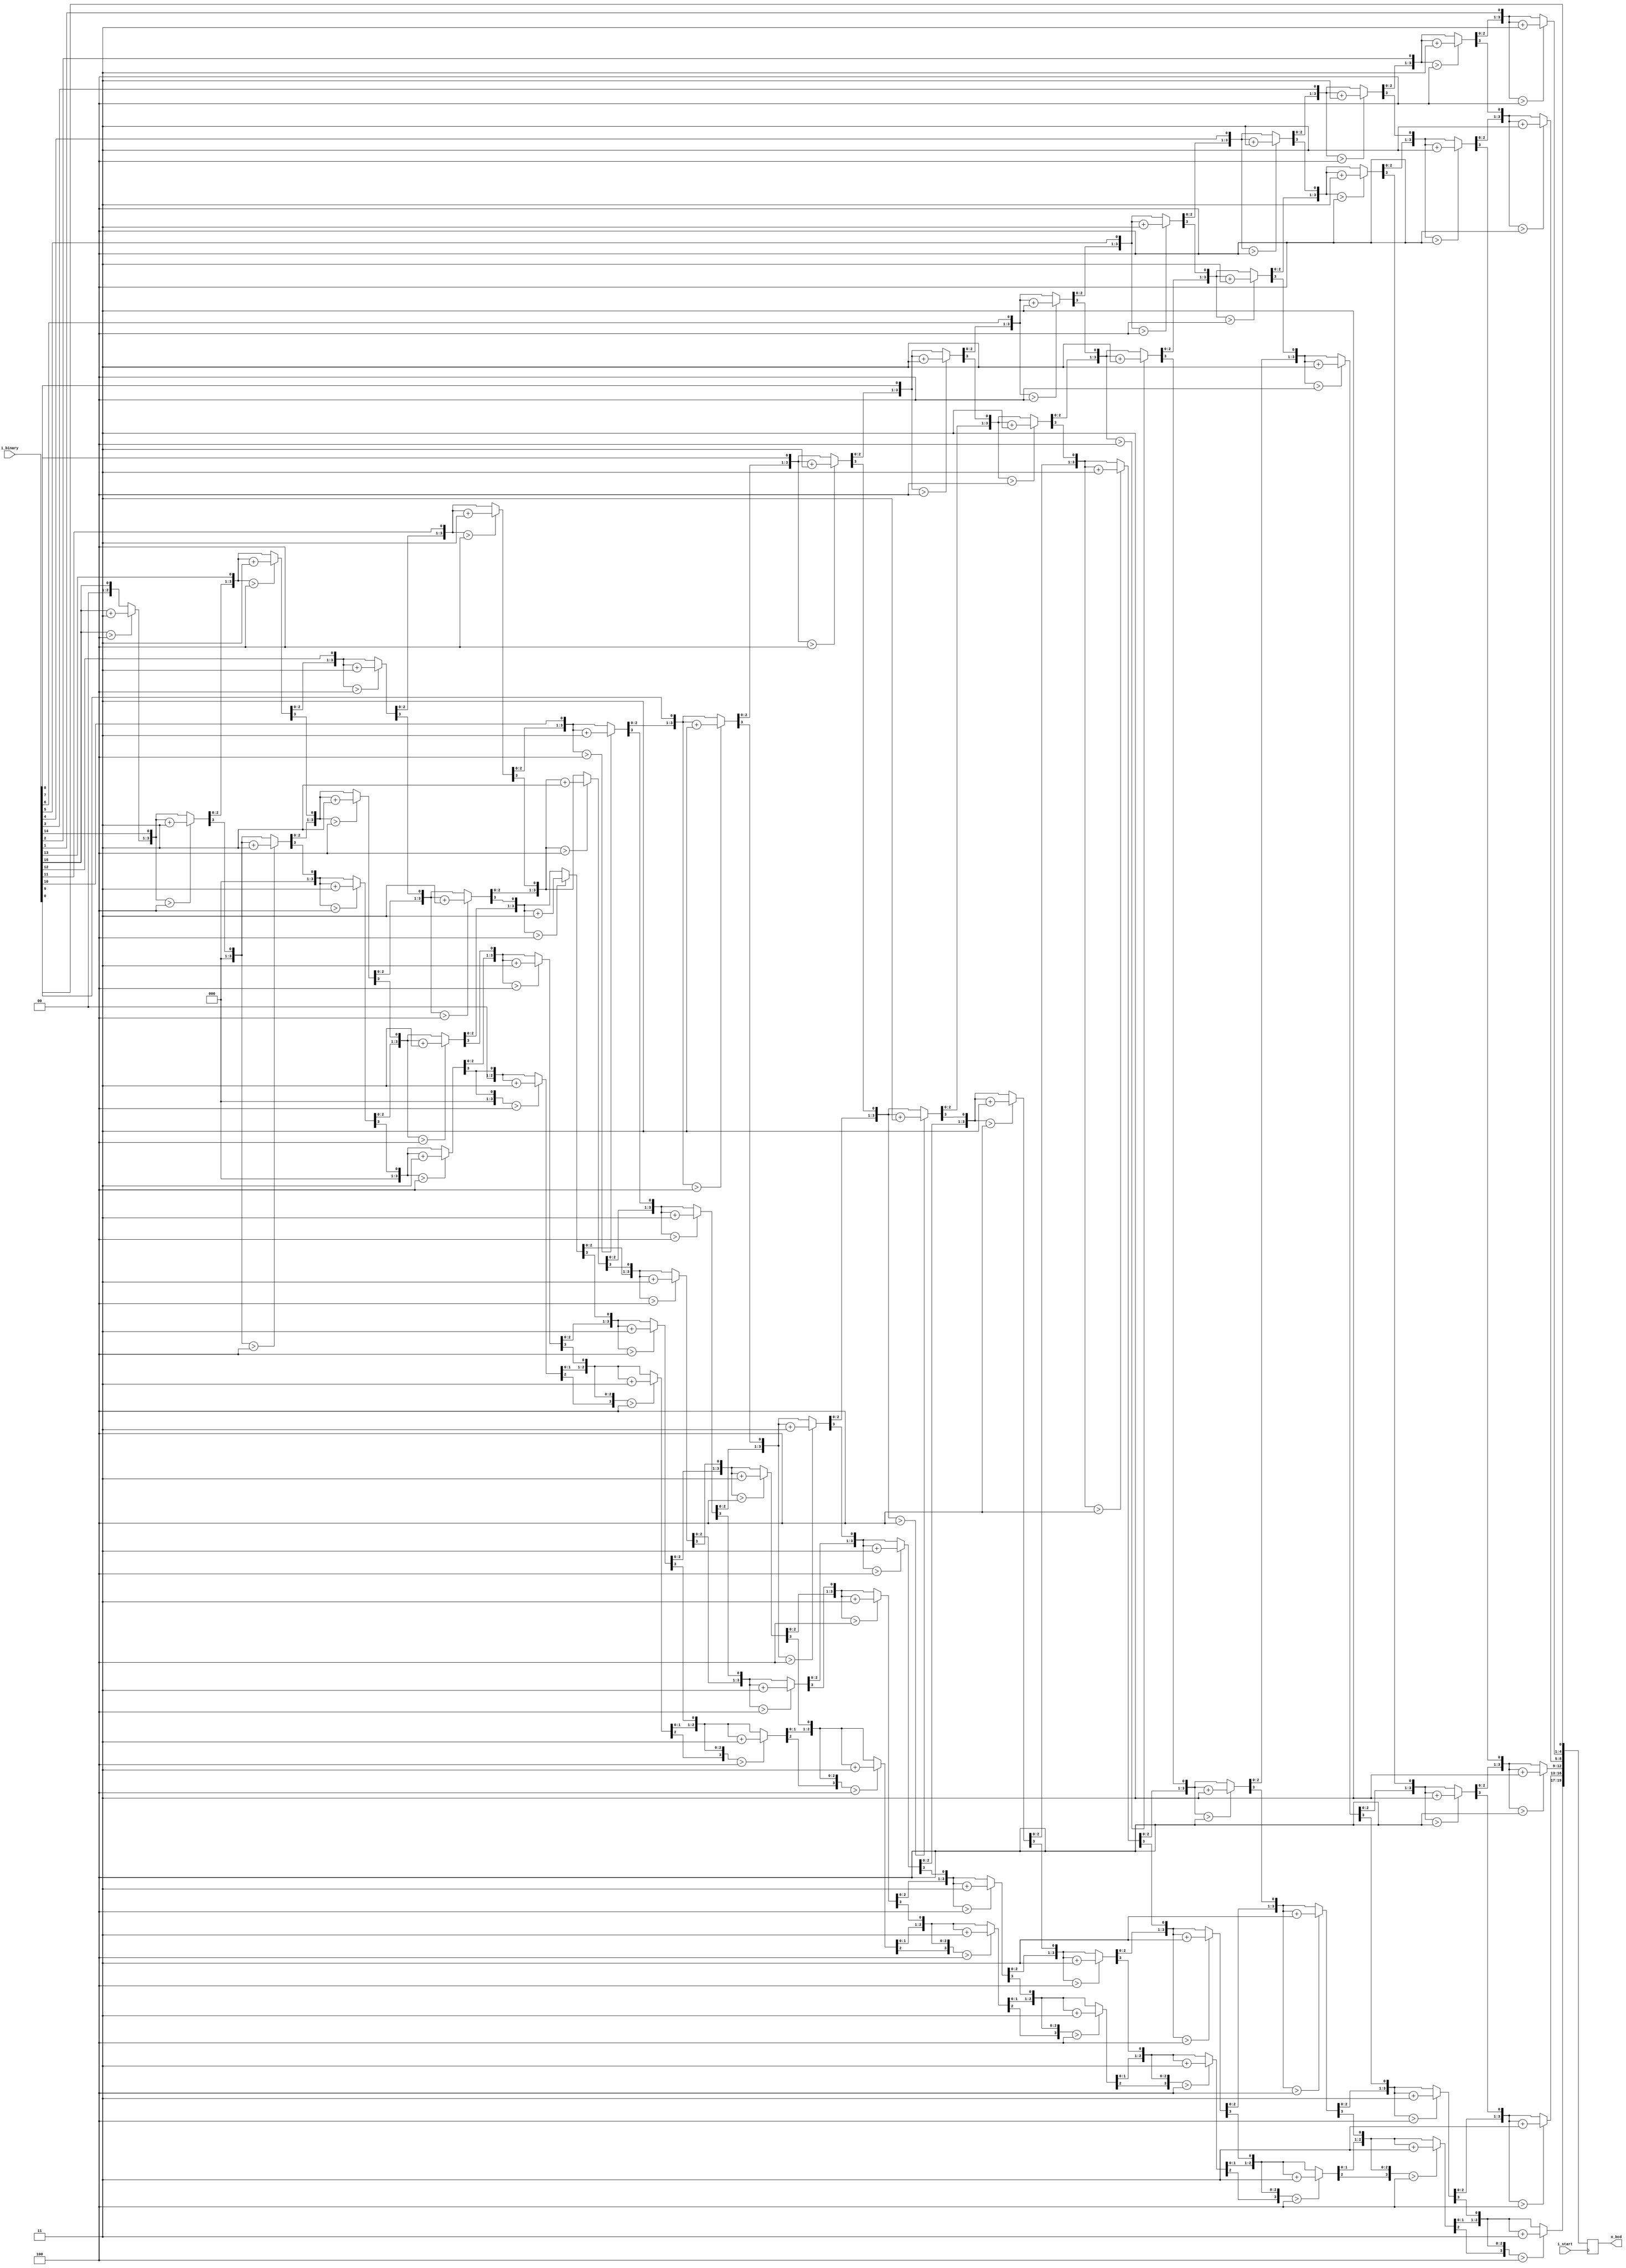
module bin2bcd
(	
	i_start,
	i_binary,
	o_bcd,
);

input					i_start;
input 	[15:0] 	i_binary;
output 	[19:0] 	o_bcd;

reg 		[19:0] 	r_bcd = 20'b0;

integer i;

// double-dabble algorithm
always @(posedge i_start)
	begin
		r_bcd = 20'b0;
		for(i = 0; i < 16; i = i+1)
		begin
			r_bcd = {r_bcd[18:0], i_binary[15-i]};
			if(i < 15 && r_bcd[3:0] > 4)
				r_bcd[3:0] = r_bcd[3:0] + 3;
			if(i < 15 && r_bcd[7:4] > 4)
				r_bcd[7:4] = r_bcd[7:4] + 3;
			if(i < 15 && r_bcd[11:8] > 4)
				r_bcd[11:8] = r_bcd[11:8] + 3;	
			if(i < 15 && r_bcd[15:12] > 4)
				r_bcd[15:12] = r_bcd[15:12] + 3;
			if(i < 15 && r_bcd[19:16] > 4)
				r_bcd[19:16] = r_bcd[19:16] + 3;
		end
	end

assign o_bcd = r_bcd;

endmodule